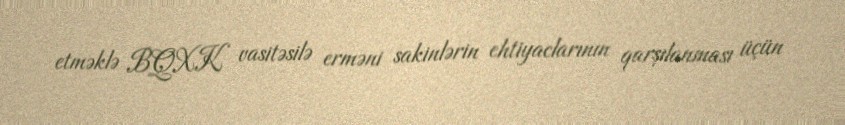
etməklə BQXK vasitəsilə erməni sakinlərin ehtiyaclarının qarşılanması üçün